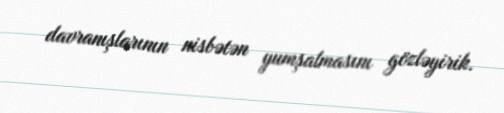
davranışlarının nisbətən yumşalmasını gözləyirik.